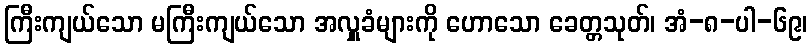
ကြီးကျယ်သော မကြီးကျယ်သော အလှူခံများကို ဟောသော ခေတ္တသုတ်၊ အံ-၈-ပါ-၆၉၊